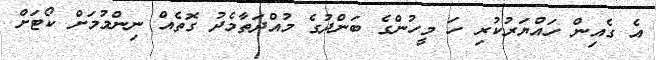
އެ ގެއިން ހައްޔަރުކުރި ހަ މީހުންގެ ބަންދުގެ މުއްދަތާމެދު ގޮތެއް ނިންމުމަށް ކޯޓަށް